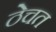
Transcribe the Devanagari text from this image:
ठेचत